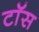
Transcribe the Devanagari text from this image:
टाॅस